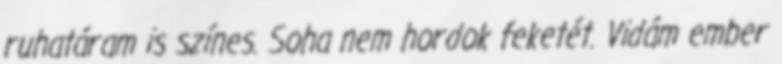
ruhatáram is színes. Soha nem hordok feketét. Vidám ember